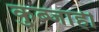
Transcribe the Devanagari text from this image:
कुब्जाही